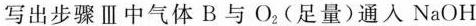
写出步骤Ⅲ中气体B与O _ {2 }（足量）通入NaOH